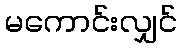
မကောင်းလျှင်